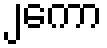
၂ကော